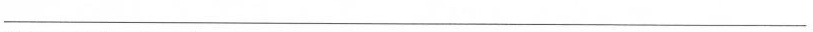
\underline